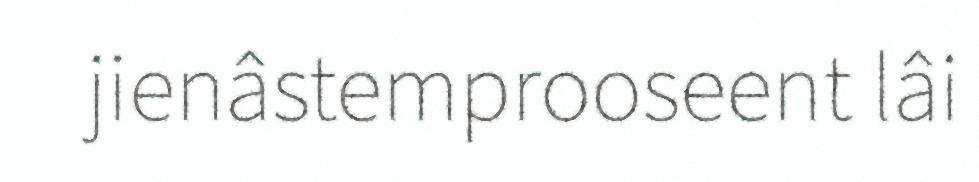
jienâstemprooseent lâi